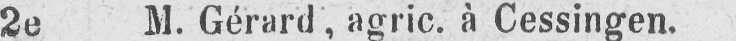
2e M. Gérard, agric. à Cessingen.